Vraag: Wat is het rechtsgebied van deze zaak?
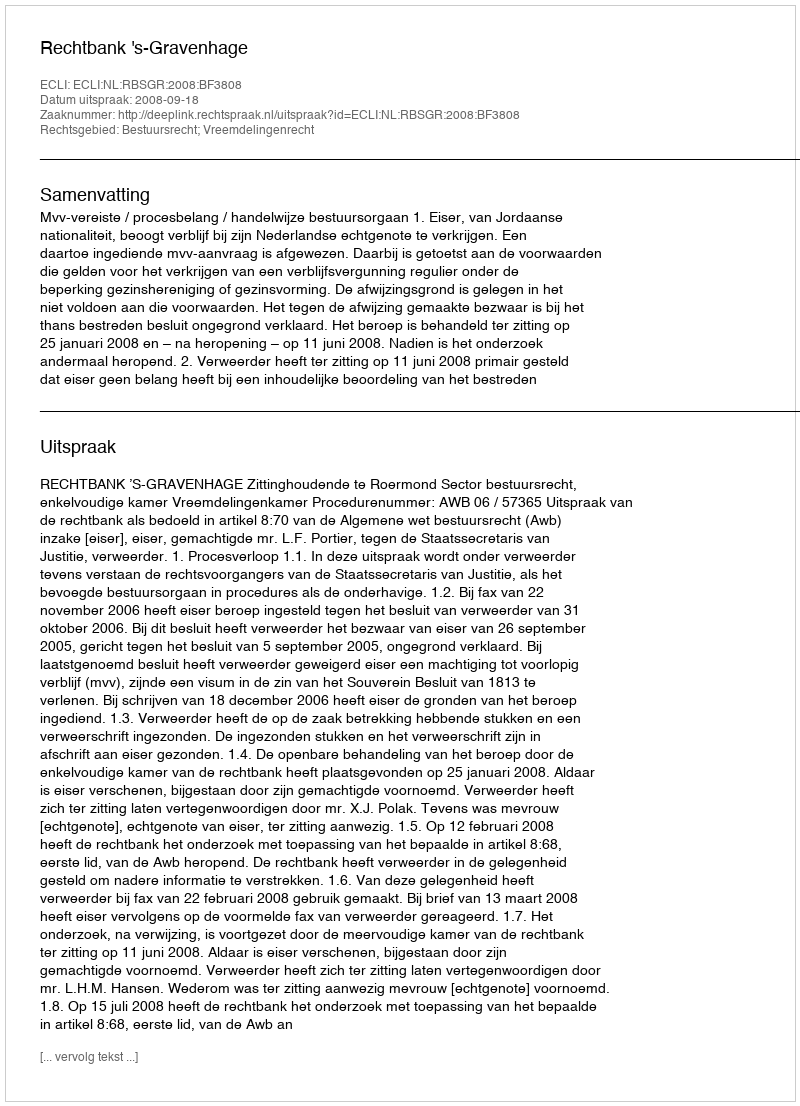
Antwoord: Bestuursrecht; Vreemdelingenrecht